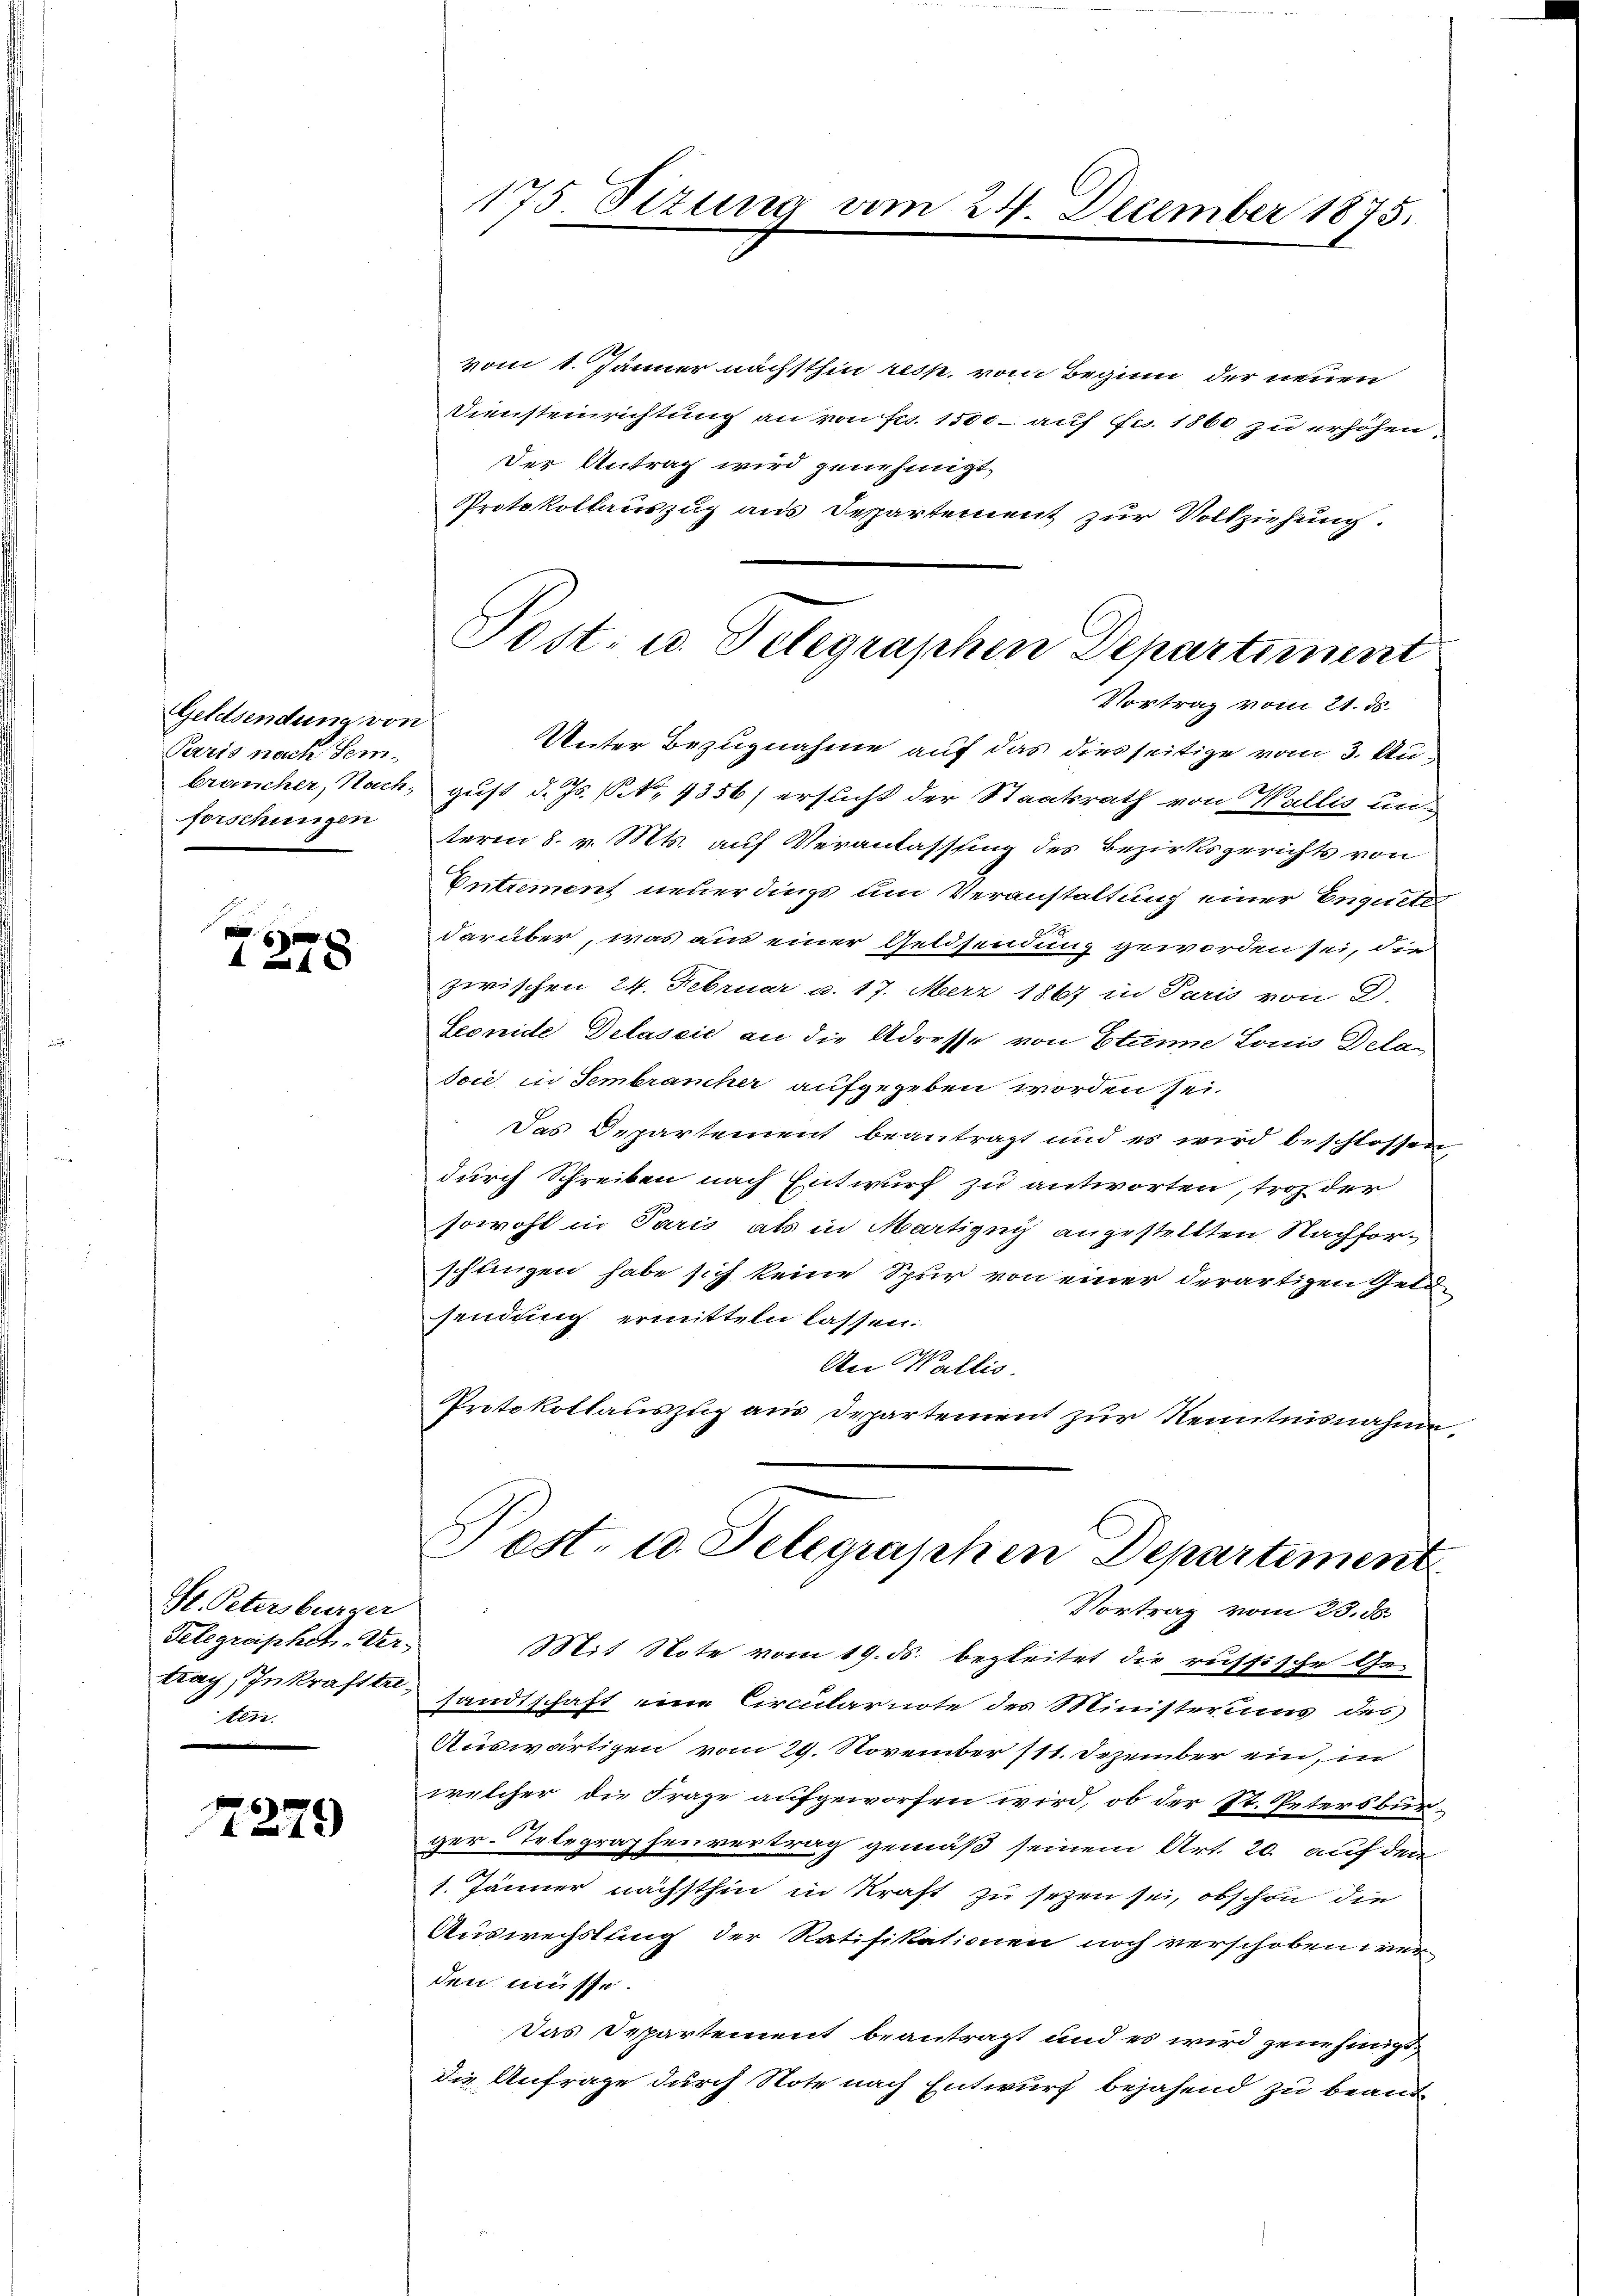
Geldsendung von
Paris nach Sem
forschungen

1
1278

Mt. Petersburger
Telegraphet. Ver
trag, Inkrafttri¬
Mar.

1279

vom 1. Jänner nächsthin resp. vom Beginn der neuen
Diensteinrichtung an von Fr. 1500 auf Fr. 1860 zu erhöhen,
Der Antrag wird genehmigt.
Protokollauszug aus Departement zur Vollziehung.
Vortrag vom 21. ds.
Unter Bezugnahme auf das diesseitige vom 3. Aubräucher, Nach gust d. Js. (N. 4356) ersticht der Staatsrath von Wallis unterm 8. v. Mts. auf Veranlassung des Bezirksgerichts von
Entrement neuerdings um Veranstaltung einer Enguete
darüber, was aus einer Geldsendung geworden sei, die
zwischen 24. Februar a. 17. März 1867 in Paris von D.
Seonide Delassie an die Adresse von Ettene Louis Dela
soie in Sembrancher aufgegeben worden sei.
Das Departement beantragt und es wird beschlossen
durch Schreiben nach Entwurf zu antworten, troz der
sowohl in Paris als in Martigny angestellten Nachforschungen habe sich keine Spur von einer derartigen Geldsendung ermitteln lassen.
An Wallis.
Protokollauszug aus Departement zur Kenntnisnahme
Pest. 10. Telegraphen Departement
Vortrag vom 23. ds.
Mit Note vom 19. ds. begleitet die russische Ge-
sandtschaft eine Circularnote des Ministerums des
Auswärtigen vom 29. November 111. Dezember ein, in
welcher die Frage aufgeworfen wird, ob der St. Petersburger-Telegraphenvertrag gemäß seinem Art. 20. auf den
1. Jänner nächsthin in Kraft zu sezen sei, obschon die
Auswechslung der Ratifikationen noch verschoben wer
den müsse.
Das Departement beantragt und es wird genehmigt,
die Anfrage durch Note nach Entwurf bejahend zu beant¬

175. Sizung vom 24. December 1875.

Post. u. Telegraphen Departiment